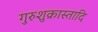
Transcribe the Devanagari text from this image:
गुरुशुक्रास्तादि